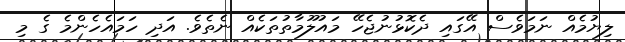
ލިޔުމެއް ނަމަވެސް އޭގައި ދެކޮޅުނުޖެހޭ މައުލޫމާތުތަކެއް ނެތެވެ. އަދި ހަމައެހެންމެ ގެ މި